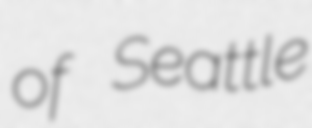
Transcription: of Seattle